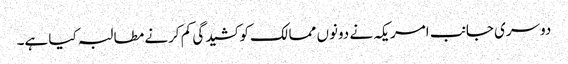
دوسری جانب امریکہ نے دونوں ممالک کو کشیدگی کم کرنے مطالبہ کیا ہے۔